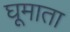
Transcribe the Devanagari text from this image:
घूमाता